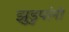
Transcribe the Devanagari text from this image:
झुडुपांनी